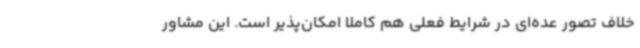
خلاف تصور عده‌ای در شرایط فعلی هم کاملاً امکان‌پذیر است. این مشاور